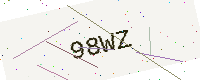
Text: 98WZ